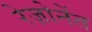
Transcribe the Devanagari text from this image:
रेज़ोनेंत